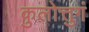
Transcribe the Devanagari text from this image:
कुलोत्तुगं